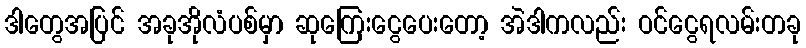
ဒါတွေအပြင် အခုအိုလံပစ်မှာ ဆုကြေးငွေပေးတော့ အဲဒါကလည်း ဝင်ငွေရလမ်းတခု